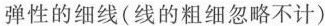
弹性的细线(线的粗细忽略不计)